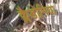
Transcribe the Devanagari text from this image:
क्लैडोनिया